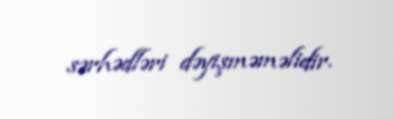
sərhədləri dəyişməməlidir.